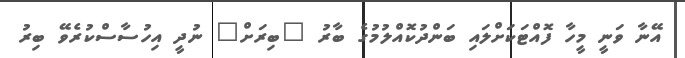
އޭނާ ވަނީ މީހާ ފޮއްޓަކަށްލައި ބަންދުކޮއްލުމުގެ ބާރު "ބިރަށް" ނުދީ އިހުސާސްކުރެވޭ ބިރު